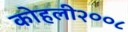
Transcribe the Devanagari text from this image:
कोहली२००८